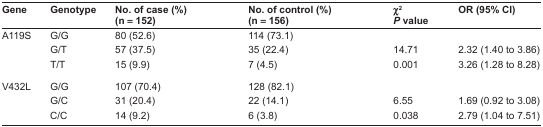
<table><thead><tr><td><b>Gene</b></td><td><b>Genotype</b></td><td><b>No. of case (%) (n = 152)</b></td><td><b>No. of control (%) (n = 156)</b></td><td><b>χ<sup>2</sup><i>P</i> value</b></td><td><b>OR (95% CI)</b></td></tr></thead><tbody><tr><td rowspan="3">A119S</td><td>G/G</td><td>80 (52.6)</td><td>114 (73.1)</td><td></td><td></td></tr><tr><td>G/T</td><td>57 (37.5)</td><td>35 (22.4)</td><td>14.71</td><td>2.32 (1.40 to 3.86)</td></tr><tr><td>T/T</td><td>15 (9.9)</td><td>7 (4.5)</td><td>0.001</td><td>3.26 (1.28 to 8.28)</td></tr><tr><td rowspan="3">V432L</td><td>G/G</td><td>107 (70.4)</td><td>128 (82.1)</td><td></td><td></td></tr><tr><td>G/C</td><td>31 (20.4)</td><td>22 (14.1)</td><td>6.55</td><td>1.69 (0.92 to 3.08)</td></tr><tr><td>C/C</td><td>14 (9.2)</td><td>6 (3.8)</td><td>0.038</td><td>2.79 (1.04 to 7.51)</td></tr></tbody></table>